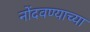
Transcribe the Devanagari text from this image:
नोंदवण्याच्या